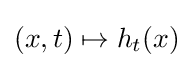
(x,t)\mapsto h_{t}(x)